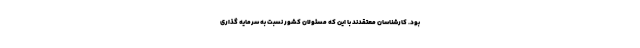
بود. کارشناسان معتقدند با این که مسئولان کشور نسبت به سرمایه گذاری